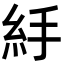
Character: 𥾹